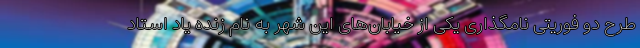
طرح دو فوریتی نامگذاری یکی از خیابان‌های این شهر به نام زنده یاد استاد